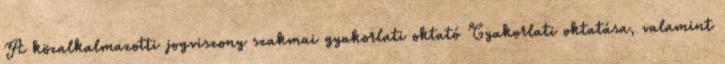
A közalkalmazotti jogviszony szakmai gyakorlati oktató Gyakorlati oktatása, valamint